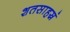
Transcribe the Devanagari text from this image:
शतसाहस्रं